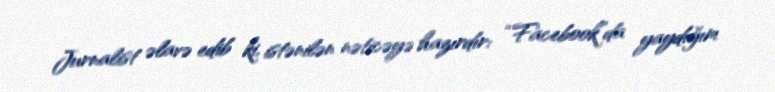
Jurnalist əlavə edib ki, istənilən nəticəyə hazırdır: “Facebook”da yaydığım